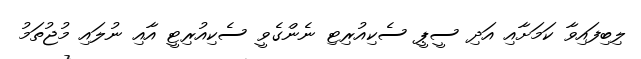
ލިބިފައިވާ ކަމަށާއި އަދި ސީޕީ ސެކިއުރިޓި ނެންގެވީ ސެކިއުރިޓީ އާއި ނުލައި މުޖުތަމު